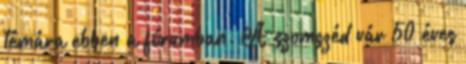
témára ebben a fórumban. A szomszéd vár 50 éves